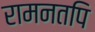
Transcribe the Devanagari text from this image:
रामनतपि